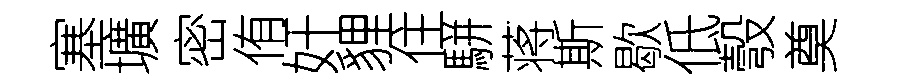
塞壙密侑奸貍住駢蒋斯歇低彀奠